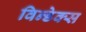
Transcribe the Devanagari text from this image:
विन्डेक्स